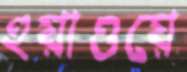
হুয়াওয়ে